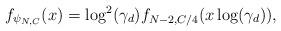
LaTeX: \begin{align*}f_{\psi_{N,C}}(x) = \log^2(\gamma_d) f_{N - 2,C/4}(x\log(\gamma_d)),\end{align*}